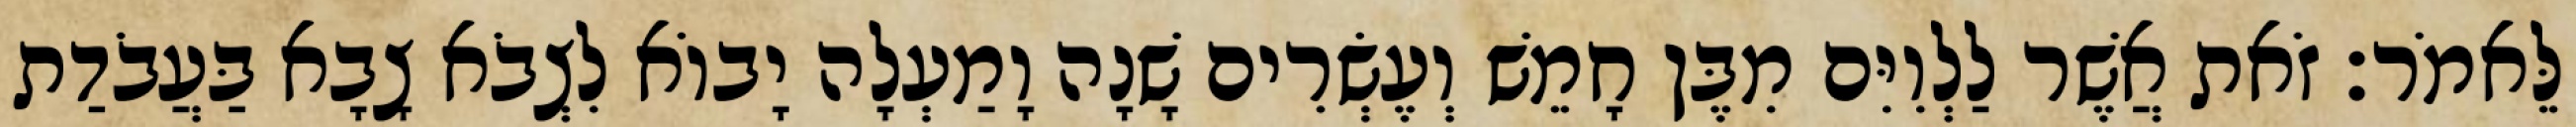
לֵּאמֹר׃ זֹאת אֲשֶׁר לַלְוִיִּם מִבֶּן חָמֵשׁ וְעֶשְׂרִים שָׁנָה וָמַעְלָה יָבוֹא לִצְבֹא צָבָא בַּעֲבֹדַת